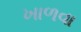
ખાળવા